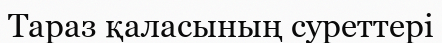
Тараз қаласының суреттері